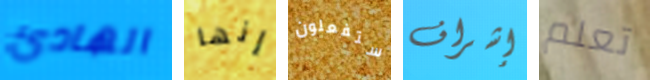
الهادئ إنها ستفعلون إشراف تعلم